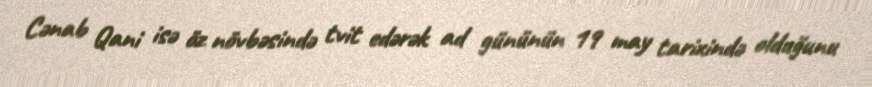
Cənab Qani isə öz növbəsində tvit edərək ad gününün 19 may tarixində olduğunu